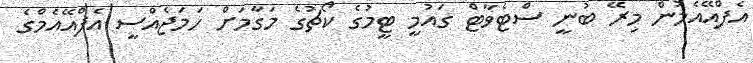
އެފްއޭއެމުން މިރޭ ބުނީ ސްޓެވާޓް ގައުމީ ޓީމުގެ ކޯޗުގެ މަގާމަށް ހަމަޖެއްސީ އެފްއޭއެމްގެ